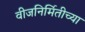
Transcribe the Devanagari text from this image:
वीजनिर्मितीच्या